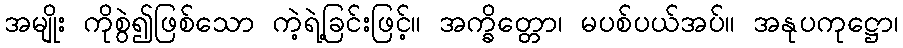
အမျိုး ကိုစွဲ၍ဖြစ်သော ကဲ့ရဲ့ခြင်းဖြင့်။ အက္ခိတ္တော၊ မပစ်ပယ်အပ်။ အနုပကုဋ္ဌော၊